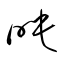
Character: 暎